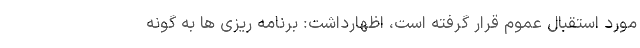
مورد استقبال عموم قرار گرفته است، اظهارداشت: برنامه ریزی ها به گونه